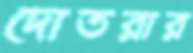
দোতরার